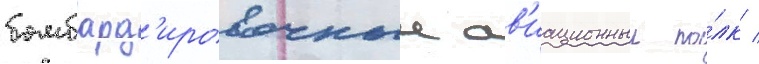
бомбард'ировочныи ав'иационныи по́лк /